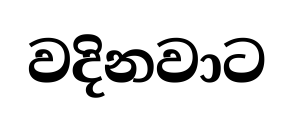
වදිනවාට